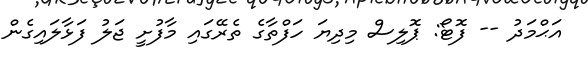
އަޙްމަދު -- ފޮޓޯ: ޕޮލިސް މިދިޔަ ހަފްތާގެ ތެރޭގައި މާފުށީ ޖަލު ފަޅާލައިގެން